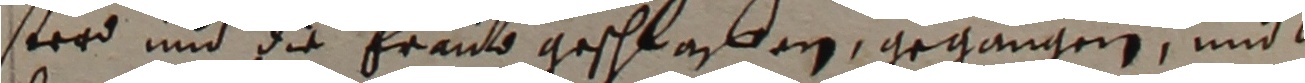
ster und die fraub geschlaßfen, gegangen und